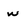
Character: w